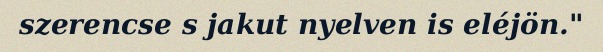
szerencse s jakut nyelven is eléjön."